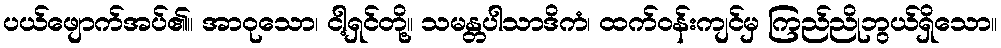
ပယ်ဖျောက်အပ်၏။ အာဝုသော၊ ငါ့ရှင်တို့။ သမန္တပါသာဒိကံ၊ ထက်ဝန်းကျင်မှ ကြည်ညိုဘွယ်ရှိသော။